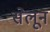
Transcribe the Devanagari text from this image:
सेलून